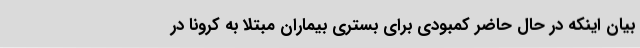
بیان اینکه در حال حاضر کمبودی برای بستری بیماران مبتلا به کرونا در